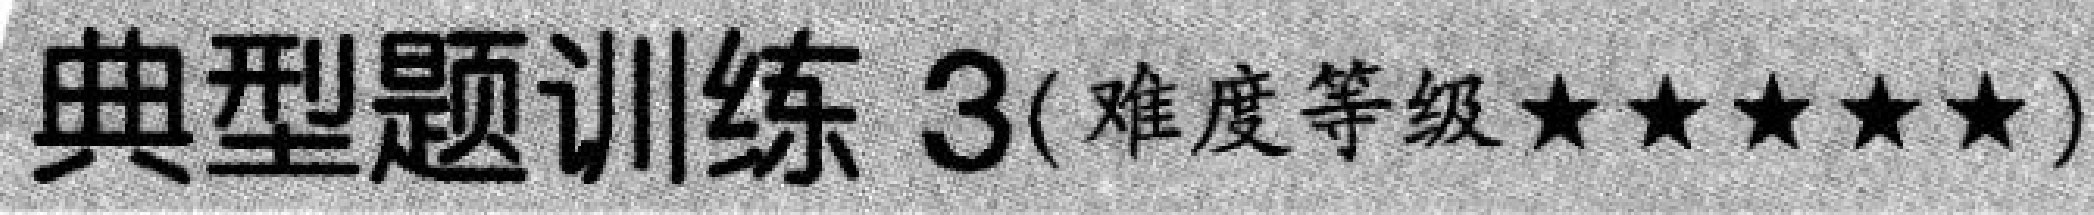
典型题训练 \(3\)(难度等级\(\star\star\star\star\star\))